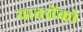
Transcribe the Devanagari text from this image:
यातसेंको